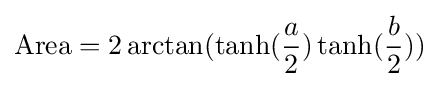
{\textrm {Area}}=2\arctan(\tanh({\frac {a}{2}})\tanh({\frac {b}{2}}))